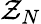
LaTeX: \mathcal{Z}_{N}